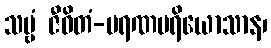
သဗ္ဗံ ဇီဝိတံ-မရဏပရိယောသာန၊